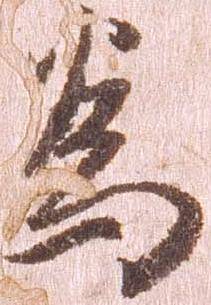
為